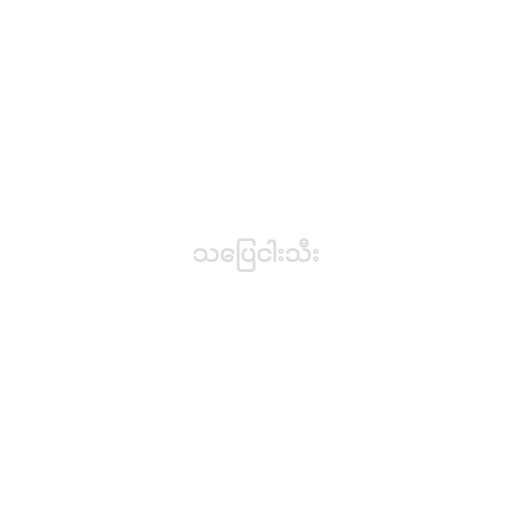
သပြေငါးသီး